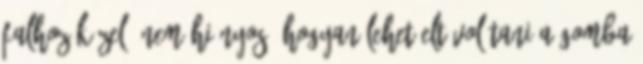
falhoz közel, nem hiányos. Hogyan lehet eltávolítani a gomba